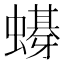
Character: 𲀉